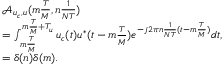
\begin{array} { r l } & { \mathcal A _ { u _ { c } , u } ( m \frac { T } { M } , n \frac { 1 } { N T } ) } \\ & { = \int _ { m \frac { T } { M } } ^ { m \frac { T } { M } + T _ { u } } u _ { c } ( t ) u ^ { * } ( t - m \frac { T } { M } ) e ^ { - j 2 \pi n \frac { 1 } { N T } ( t - m \frac { T } { M } ) } d t , } \\ & { = \delta ( n ) \delta ( m ) . } \end{array}